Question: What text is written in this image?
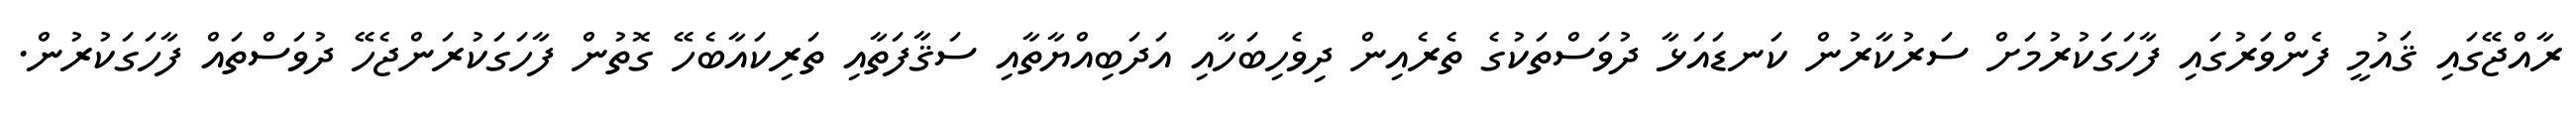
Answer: ރާއްޖޭގައި ޤައުމީ ފެންވަރުގައި ފާހަގަކުރުމަށް ސަރުކާރުން ކަނޑައަޅާ ދުވަސްތަކުގެ ތެރެއިން ދިވެހިބަހާއި އަދަބިއްޔާތާއި ސަޤާފަތާއި ތަރިކައާބެހޭ ގޮތުން ފާހަގަކުރަންޖެހޭ ދުވަސްތައް ފާހަގަކުރުން.